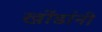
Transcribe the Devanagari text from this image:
खोंडांनी